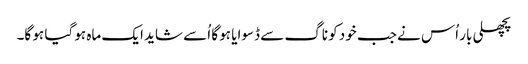
پچھلی بار اُس نے جب خود کو ناگ سے ڈسوایا ہو گا اُسے شاید ایک ماہ ہو گیا ہو گا۔